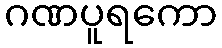
ဂဏပူရကော